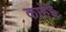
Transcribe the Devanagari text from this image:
काहेई